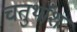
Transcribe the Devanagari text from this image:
चतुर्थाँश